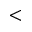
<